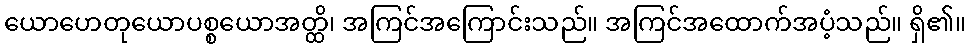
ယောဟေတုယောပစ္စယောအတ္ထိ၊ အကြင်အကြောင်းသည်။ အကြင်အထောက်အပံ့သည်။ ရှိ၏။